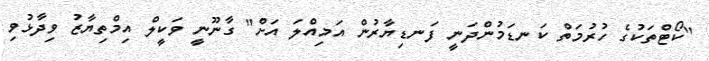
"ކޯޓްތަކުގެ ހުރުމަތް ކަނޑަމުންދަނީ ފަނޑިޔާރުން އަމިއްލަ އަށް" ގާނޫނީ ވަކީލް އިމްތިޔާޒު ވިދާޅުވި